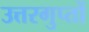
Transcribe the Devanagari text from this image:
उत्तरगुप्तों